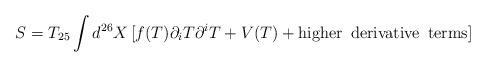
LaTeX: \begin{align*}S = T_{25} \int d^{26} X \, [ f(T) \partial_{i} T \partial^{i} T + V(T) + {\rm higher \enspace derivative \enspace terms} ]\end{align*}